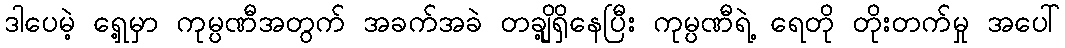
ဒါပေမဲ့ ရှေ့မှာ ကုမ္ပဏီအတွက် အခက်အခဲ တချို့ရှိနေပြီး ကုမ္ပဏီရဲ့ ရေတို တိုးတက်မှု အပေါ်